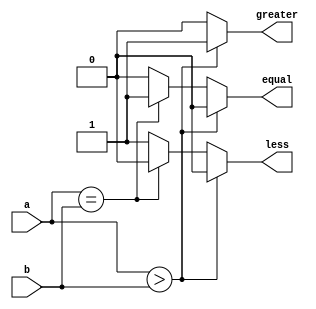
// 4-Bit Comparator
// Created by Nitheesh Kumar - Aug 02 2020

module comparator (
	input [3:0] a, b,
	output reg less, equal, greater);

always @(a or b) begin

if (a > b) begin
greater = 1'b1;
less = 1'b0;
equal = 1'b0;
end

else if (a == b) begin
greater = 1'b0;
less = 1'b0;
equal = 1'b1;
end

else begin
greater = 1'b0;
less = 1'b1;
equal = 1'b0;
end

end

endmodule